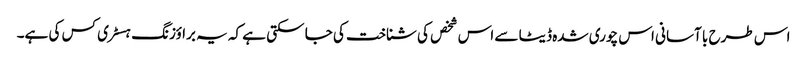
اس طرح با آسانی اس چوری شدہ ڈیٹا سے اس شخص کی شناخت کی جا سکتی ہے کہ یہ براؤزنگ ہسٹری کس کی ہے۔